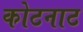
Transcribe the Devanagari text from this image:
कोटनाट